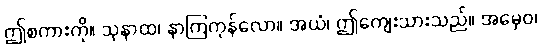
ဤစကားကို။ သုနာထ၊ နာကြကုန်လော။ အယံ၊ ဤကျေးသားသည်။ အမှေဝ၊